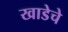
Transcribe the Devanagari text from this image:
खाडेचे